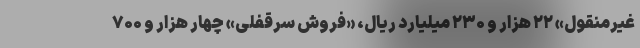
غیرمنقول» ۲۲ هزار و ۲۳۰ میلیارد ریال، «فروش سرقفلی» چهار هزار و ۷۰۰